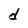
Character: d